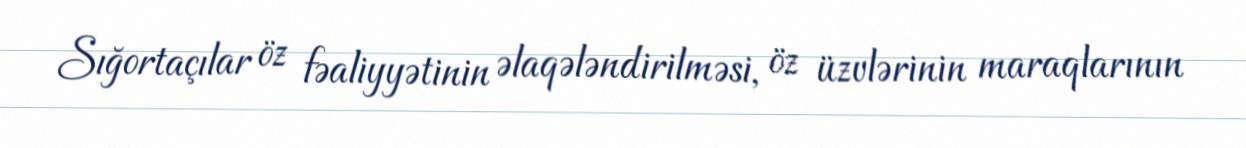
Sığortaçılar öz fəaliyyətinin əlaqələndirilməsi, öz üzvlərinin maraqlarının